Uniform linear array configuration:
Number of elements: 24
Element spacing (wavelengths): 0.25
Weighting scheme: exponential
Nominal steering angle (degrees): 45
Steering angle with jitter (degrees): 43.388
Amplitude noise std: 0.05
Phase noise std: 0.05

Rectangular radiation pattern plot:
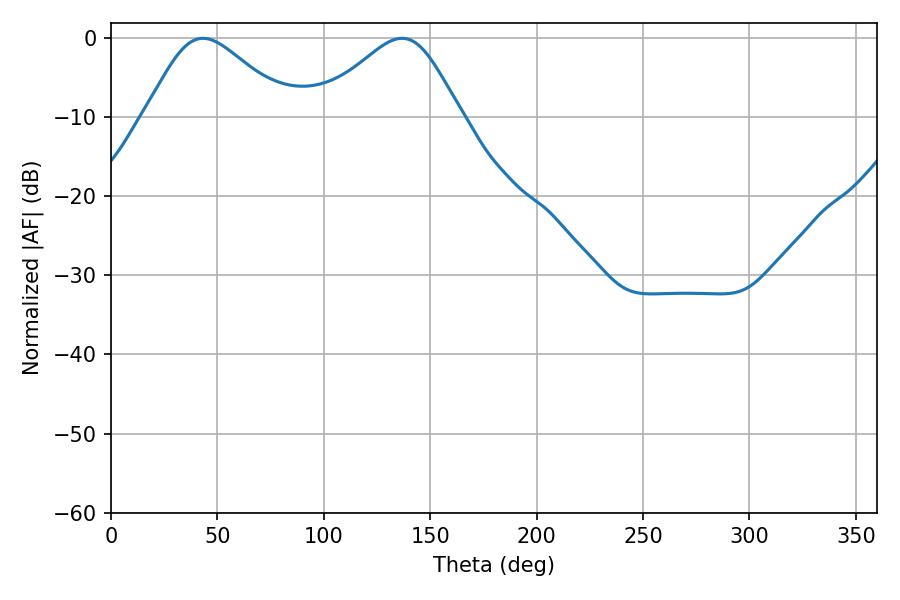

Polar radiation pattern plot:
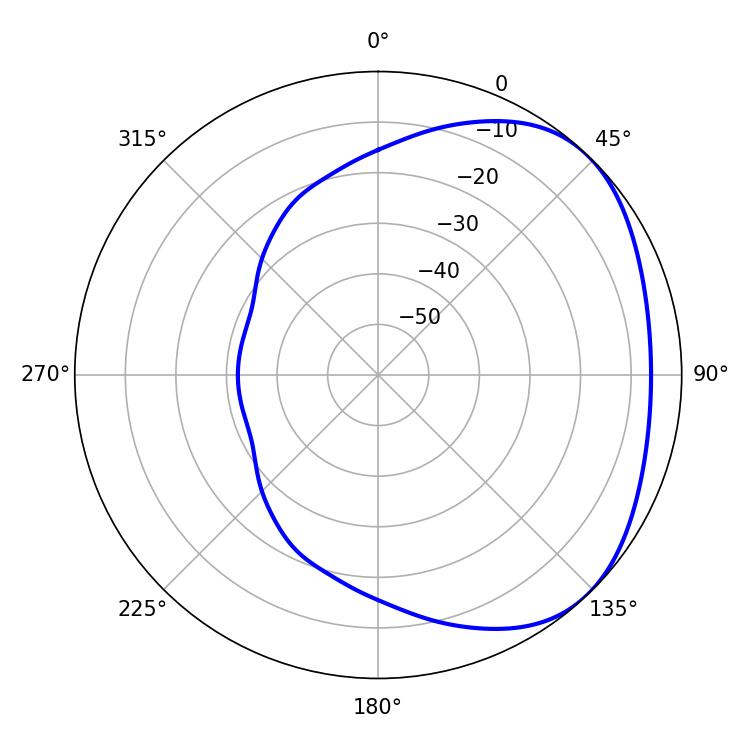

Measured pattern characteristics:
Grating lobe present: FALSE
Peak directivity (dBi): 2.994
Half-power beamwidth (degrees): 33.84
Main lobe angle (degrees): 43.2